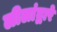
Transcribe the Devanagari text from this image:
लीलांद्वारे